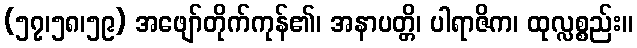
(၅၇၊၅၈၊၅၉) အဖျော်တိုက်ကုန်၏၊ အနာပတ္တိ၊ ပါရာဇိက၊ ထုလ္လစ္စည်း။